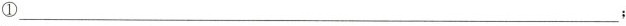
①___；